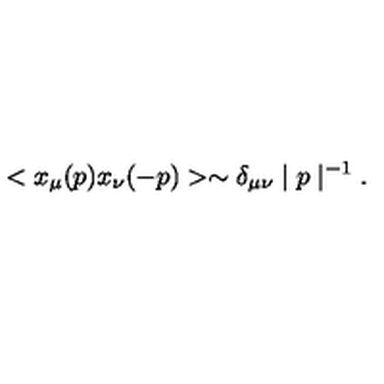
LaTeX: < x _ { \mu } ( p ) x _ { \nu } ( - p ) > \sim \delta _ { \mu \nu } \mid p \mid ^ { - 1 } .